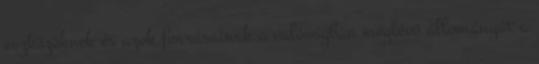
eszközöknek és azok forrásainak a valóságban meglévő állományát a